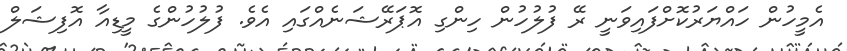
އެމީހުން ހައްޔަރުކޮށްފައިވަނީ ރޭ ފުލުހުން ހިންގި އޮޕަރޭޝަނެއްގައި އެވެ. ފުލުހުންގެ މީޑިއާ އޮފިޝަލް